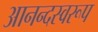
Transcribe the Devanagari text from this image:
आनन्दस्वरूप